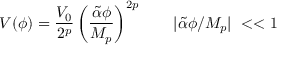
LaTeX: V ( \phi ) = { \frac { V _ { 0 } } { 2 ^ { p } } } \left( \frac { \tilde { \alpha } \phi } { M _ { p } } \right) ^ { 2 p } ~ ~ ~ ~ ~ ~ | \tilde { \alpha } \phi / M _ { p } | ~ < < 1